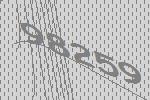
98259